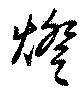
燈